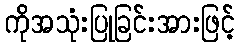
ကိုအသုံးပြုခြင်းအားဖြင့်